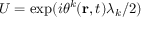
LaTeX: U = \exp ( i \theta ^ { k } ( { \mathbf { r } } , t ) \lambda _ { k } / 2 )